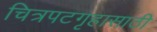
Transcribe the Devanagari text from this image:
चित्रपटगृहासाठी